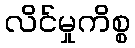
လိင်မှုကိစ္စ